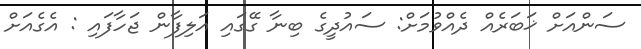
ސަންއަށް ޚަބަރެއް ދެއްވުމަށް: ސައުދީގެ ބިނާ ގޭގައި އަލިފާން ޖަހާފައި : އެގެއަށް